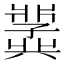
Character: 𫤵